Vaccination North-Western Provinces and Oudh 1896-1901 - 1896-1901
Year: 1896
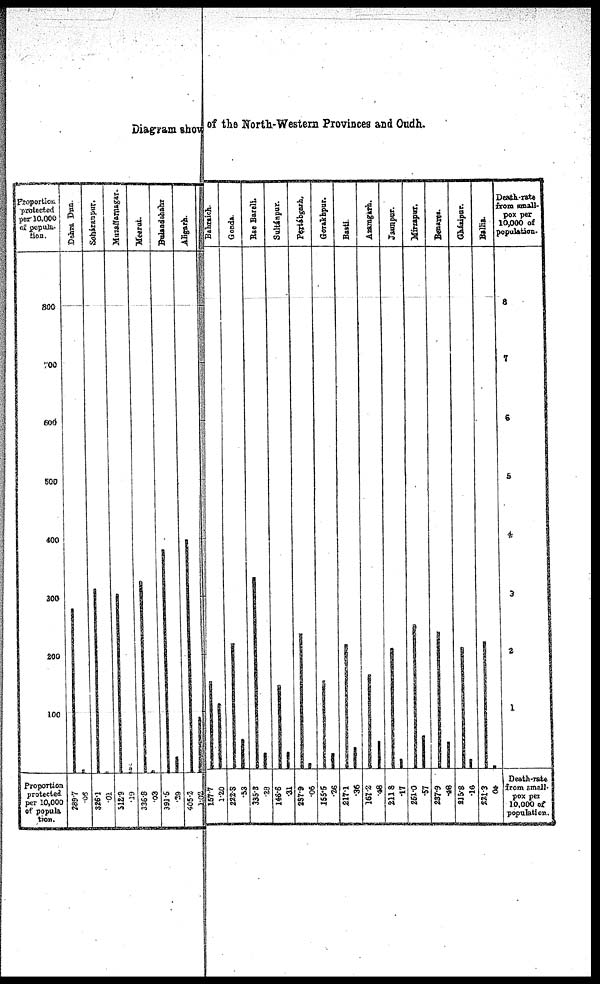
Diagram show of the North-Western Provinces and Oudh.